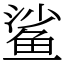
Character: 鲨